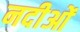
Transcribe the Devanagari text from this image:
नदीओं